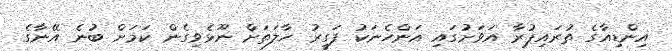
އިންޑިއާގެ ތުރައިޕުރާ އަވަށުގަައި އަންހެނަކު ފަގީރު ހާލަތަށް ނޫޅެވިގެން ކަމަށް ބުނެ އޭނާގެ